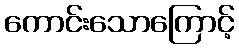
ကောင်းသောကြောင့်